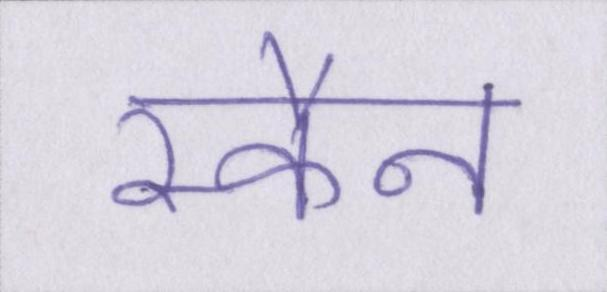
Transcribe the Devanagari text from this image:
स्कैन